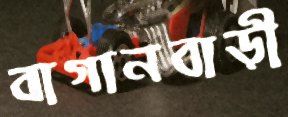
বাগানবাড়ী